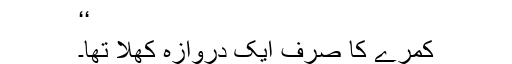
‘‘
کمرے کا صرف ایک دروازہ کھُلا تھا۔